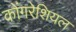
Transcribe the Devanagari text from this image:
कोंगरेशियल